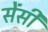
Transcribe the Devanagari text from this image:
सेंसी